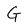
Character: G